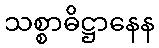
သစ္စာဓိဋ္ဌာနေန